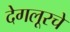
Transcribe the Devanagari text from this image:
देगलूरचे